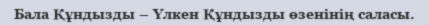
Бала Құндызды – Үлкен Құндызды өзенінің саласы.